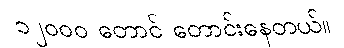
၁၂ဝဝဝ တောင် တောင်းနေတယ်။